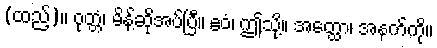
(ထည့်)။ ဝုတ္တံ၊ မိန့်ဆိုအပ်ပြီ။ ဧဝံ၊ ဤသို့။ အတ္ထော၊ အနက်ကို။